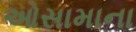
ઓસામાના